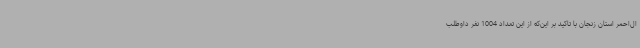
ال‌احمر استان زنجان با تاکید بر این‌که از این تعداد 1004 نفر داوطلب